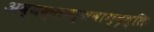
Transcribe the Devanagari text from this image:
अव्यक्तवर्णवाग्वृत्तिः